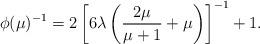
LaTeX: \begin{align*} \phi(\mu)^{-1} = 2\left[6\lambda\left(\frac{2\mu}{\mu+1}+\mu\right)\right]^{-1} + 1.\end{align*}